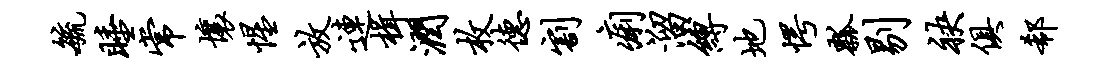
毓睡常壤惺放连楫润枚德割痢溜缚地愕瓢剔袂俱欷